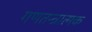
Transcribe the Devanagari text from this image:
गणतन्त्रात्मक